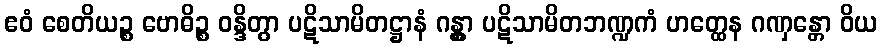
ဧဝံ စေတိယဉ္စ ဗောဓိဉ္စ ဝန္ဒိတွာ ပဋိသာမိတဋ္ဌာနံ ဂန္တွာ ပဋိသာမိတဘဏ္ဍကံ ဟတ္ထေန ဂဏှန္တော ဝိယ